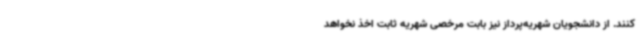
کنند. از دانشجویان شهریه‌پرداز نیز بابت مرخصی شهریه ثابت اخذ نخواهد